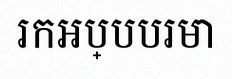
រកអប្បបរមា